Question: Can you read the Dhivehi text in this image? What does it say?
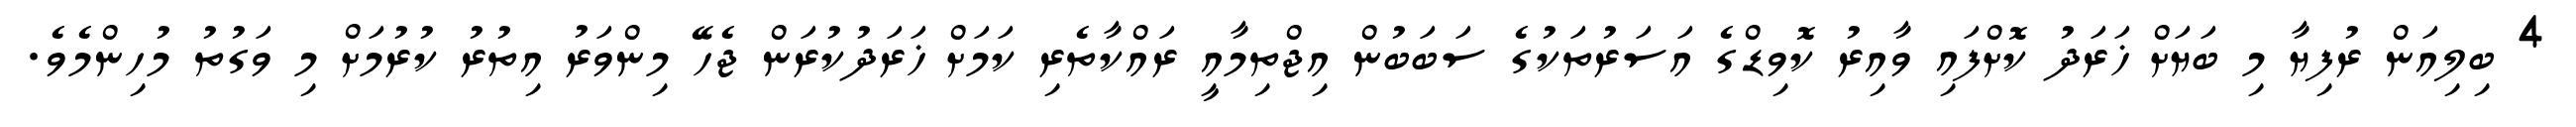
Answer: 4 ބިލިއަން ރުފިޔާ މި ބަޔަށް ޚަރަދު ކޮށްފައި ވާއިރު ކޮވިޑްގެ އަސަރުތަކުގެ ސަބަބުން އިޖްތިމާއީ ރައްކާތެރި ކަމަށް ޚަރަދުކުރަން ޖެހޭ މިންވަރު އިތުރު ކުރުމަށް މި ވަގުތު މުހިންމެވެ.